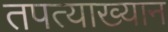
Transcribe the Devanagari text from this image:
तपत्याख्यान